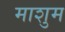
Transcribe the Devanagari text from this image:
माशुम